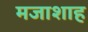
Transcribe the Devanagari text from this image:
मजाशाह